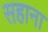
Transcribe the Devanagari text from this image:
सहाना